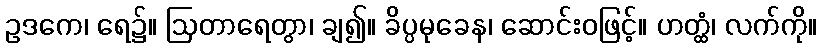
ဥဒကေ၊ ရေ၌။ ဩတာရေတွာ၊ ချ၍။ ခိပ္ပမုခေန၊ ဆောင်းဝဖြင့်။ ဟတ္ထံ၊ လက်ကို။